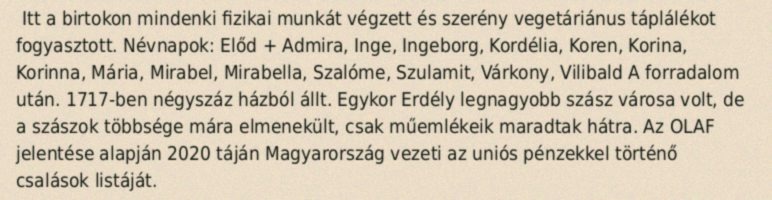
Itt a birtokon mindenki fizikai munkát végzett és szerény vegetáriánus táplálékot fogyasztott. Névnapok: Előd + Admira, Inge, Ingeborg, Kordélia, Koren, Korina, Korinna, Mária, Mirabel, Mirabella, Szalóme, Szulamit, Várkony, Vilibald A forradalom után. 1717-ben négyszáz házból állt. Egykor Erdély legnagyobb szász városa volt, de a szászok többsége mára elmenekült, csak műemlékeik maradtak hátra. Az OLAF jelentése alapján 2020 táján Magyarország vezeti az uniós pénzekkel történő csalások listáját.